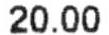
20.00